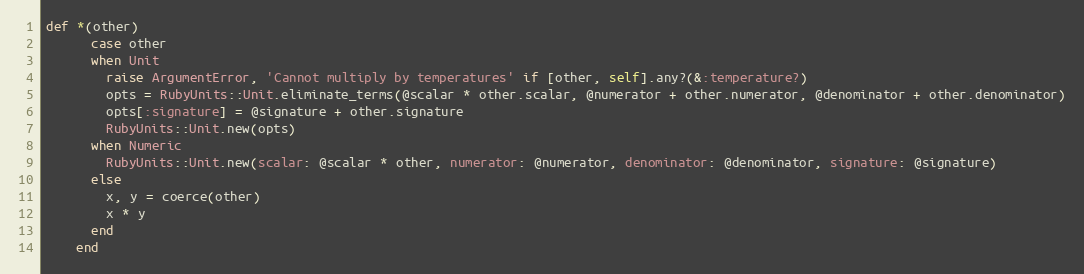
Language: Ruby
def *(other)
      case other
      when Unit
        raise ArgumentError, 'Cannot multiply by temperatures' if [other, self].any?(&:temperature?)
        opts = RubyUnits::Unit.eliminate_terms(@scalar * other.scalar, @numerator + other.numerator, @denominator + other.denominator)
        opts[:signature] = @signature + other.signature
        RubyUnits::Unit.new(opts)
      when Numeric
        RubyUnits::Unit.new(scalar: @scalar * other, numerator: @numerator, denominator: @denominator, signature: @signature)
      else
        x, y = coerce(other)
        x * y
      end
    end